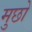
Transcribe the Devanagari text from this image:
मुछो